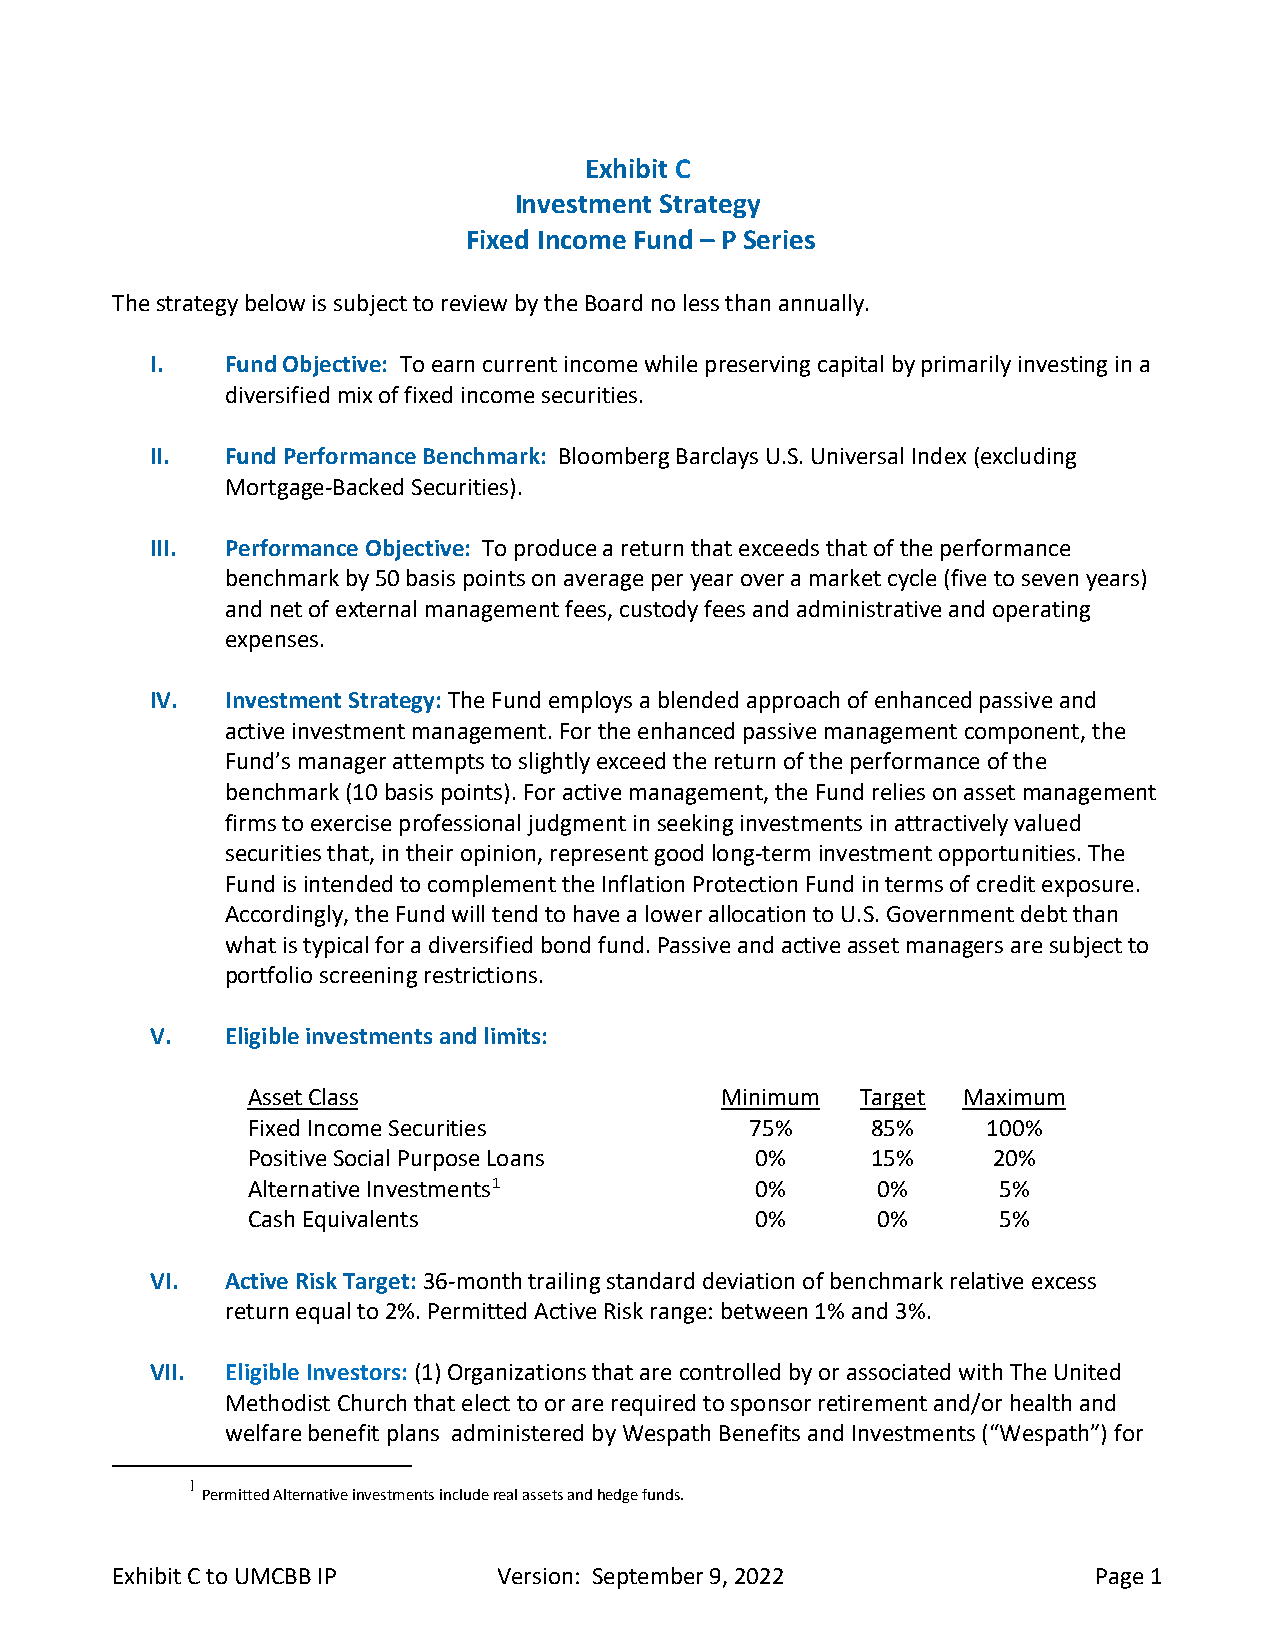
Exhibit C
 Investment Strategy
 Fixed Income Fund – P Series
 The strategy below is subject to review by the Board no less than annually.
 I.   Fund Objective: To earn current income while preserving capital by primarily investing in a
 diversified mix of fixed income securities.
 II.  Fund Performance Benchmark: Bloomberg Barclays U.S. Universal Index (excluding
 Mortgage-Backed Securities).
 III. Performance Objective: To produce a return that exceeds that of the performance
 benchmark by 50 basis points on average per year over a market cycle (five to seven years)
 and net of external management fees, custody fees and administrative and operating
 expenses.
 IV.  Investment Strategy: The Fund employs a blended approach of enhanced passive and
 active investment management. For the enhanced passive management component, the
 Fund’s manager attempts to slightly exceed the return of the performance of the
 benchmark (10 basis points). For active management, the Fund relies on asset management
 firms to exercise professional judgment in seeking investments in attractively valued
 securities that, in their opinion, represent good long-term investment opportunities. The
 Fund is intended to complement the Inflation Protection Fund in terms of credit exposure.
 Accordingly, the Fund will tend to have a lower allocation to U.S. Government debt than
 what is typical for a diversified bond fund. Passive and active asset managers are subject to
 portfolio screening restrictions.
 V.   Eligible investments and limits:
 Asset Class                     Minimum  Target Maximum
 Fixed Income Securities           75%     85%    100%
 Positive Social Purpose Loans     0%      15%     20%
 Alternative Investments1          0%      0%      5%
 Cash Equivalents                  0%      0%      5%
 VI.  Active Risk Target: 36-month trailing standard deviation of benchmark relative excess
 return equal to 2%. Permitted Active Risk range: between 1% and 3%.
 VII. Eligible Investors: (1) Organizations that are controlled by or associated with The United
 Methodist Church that elect to or are required to sponsor retirement and/or health and
 welfare benefit plans administered by Wespath Benefits and Investments (“Wespath”) for
 1
 Permitted Alternative investments include real assets and hedge funds.
 Exhibit C to UMCBB IP     Version: September 9, 2022              Page 1